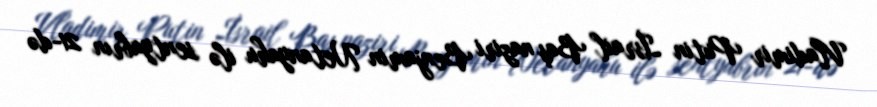
Vladimir Putin İsrail Baş naziri Benjamin Netanyahu ilə sentyabrın 21-də